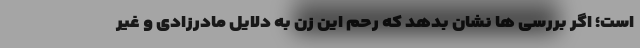
است؛ اگر بررسی ها نشان بدهد که رحم این زن به دلایل مادرزادی و غیر